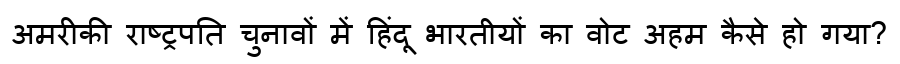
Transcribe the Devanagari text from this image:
अमरीकी राष्ट्रपति चुनावों में हिंदू भारतीयों का वोट अहम कैसे हो गया?